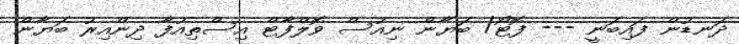
ދަނޑުން ފައިބަނީ --- ފޮޓޯ/ ބަޔާން ނިއުސް ވޮލްފާޓް އިސްތިއުފާ ދިންއިރު ބަޔާން